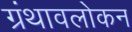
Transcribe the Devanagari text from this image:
ग्रंथावलोकन